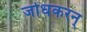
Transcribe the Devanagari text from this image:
जोधकरन्